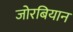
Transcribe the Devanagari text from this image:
जोरबियान